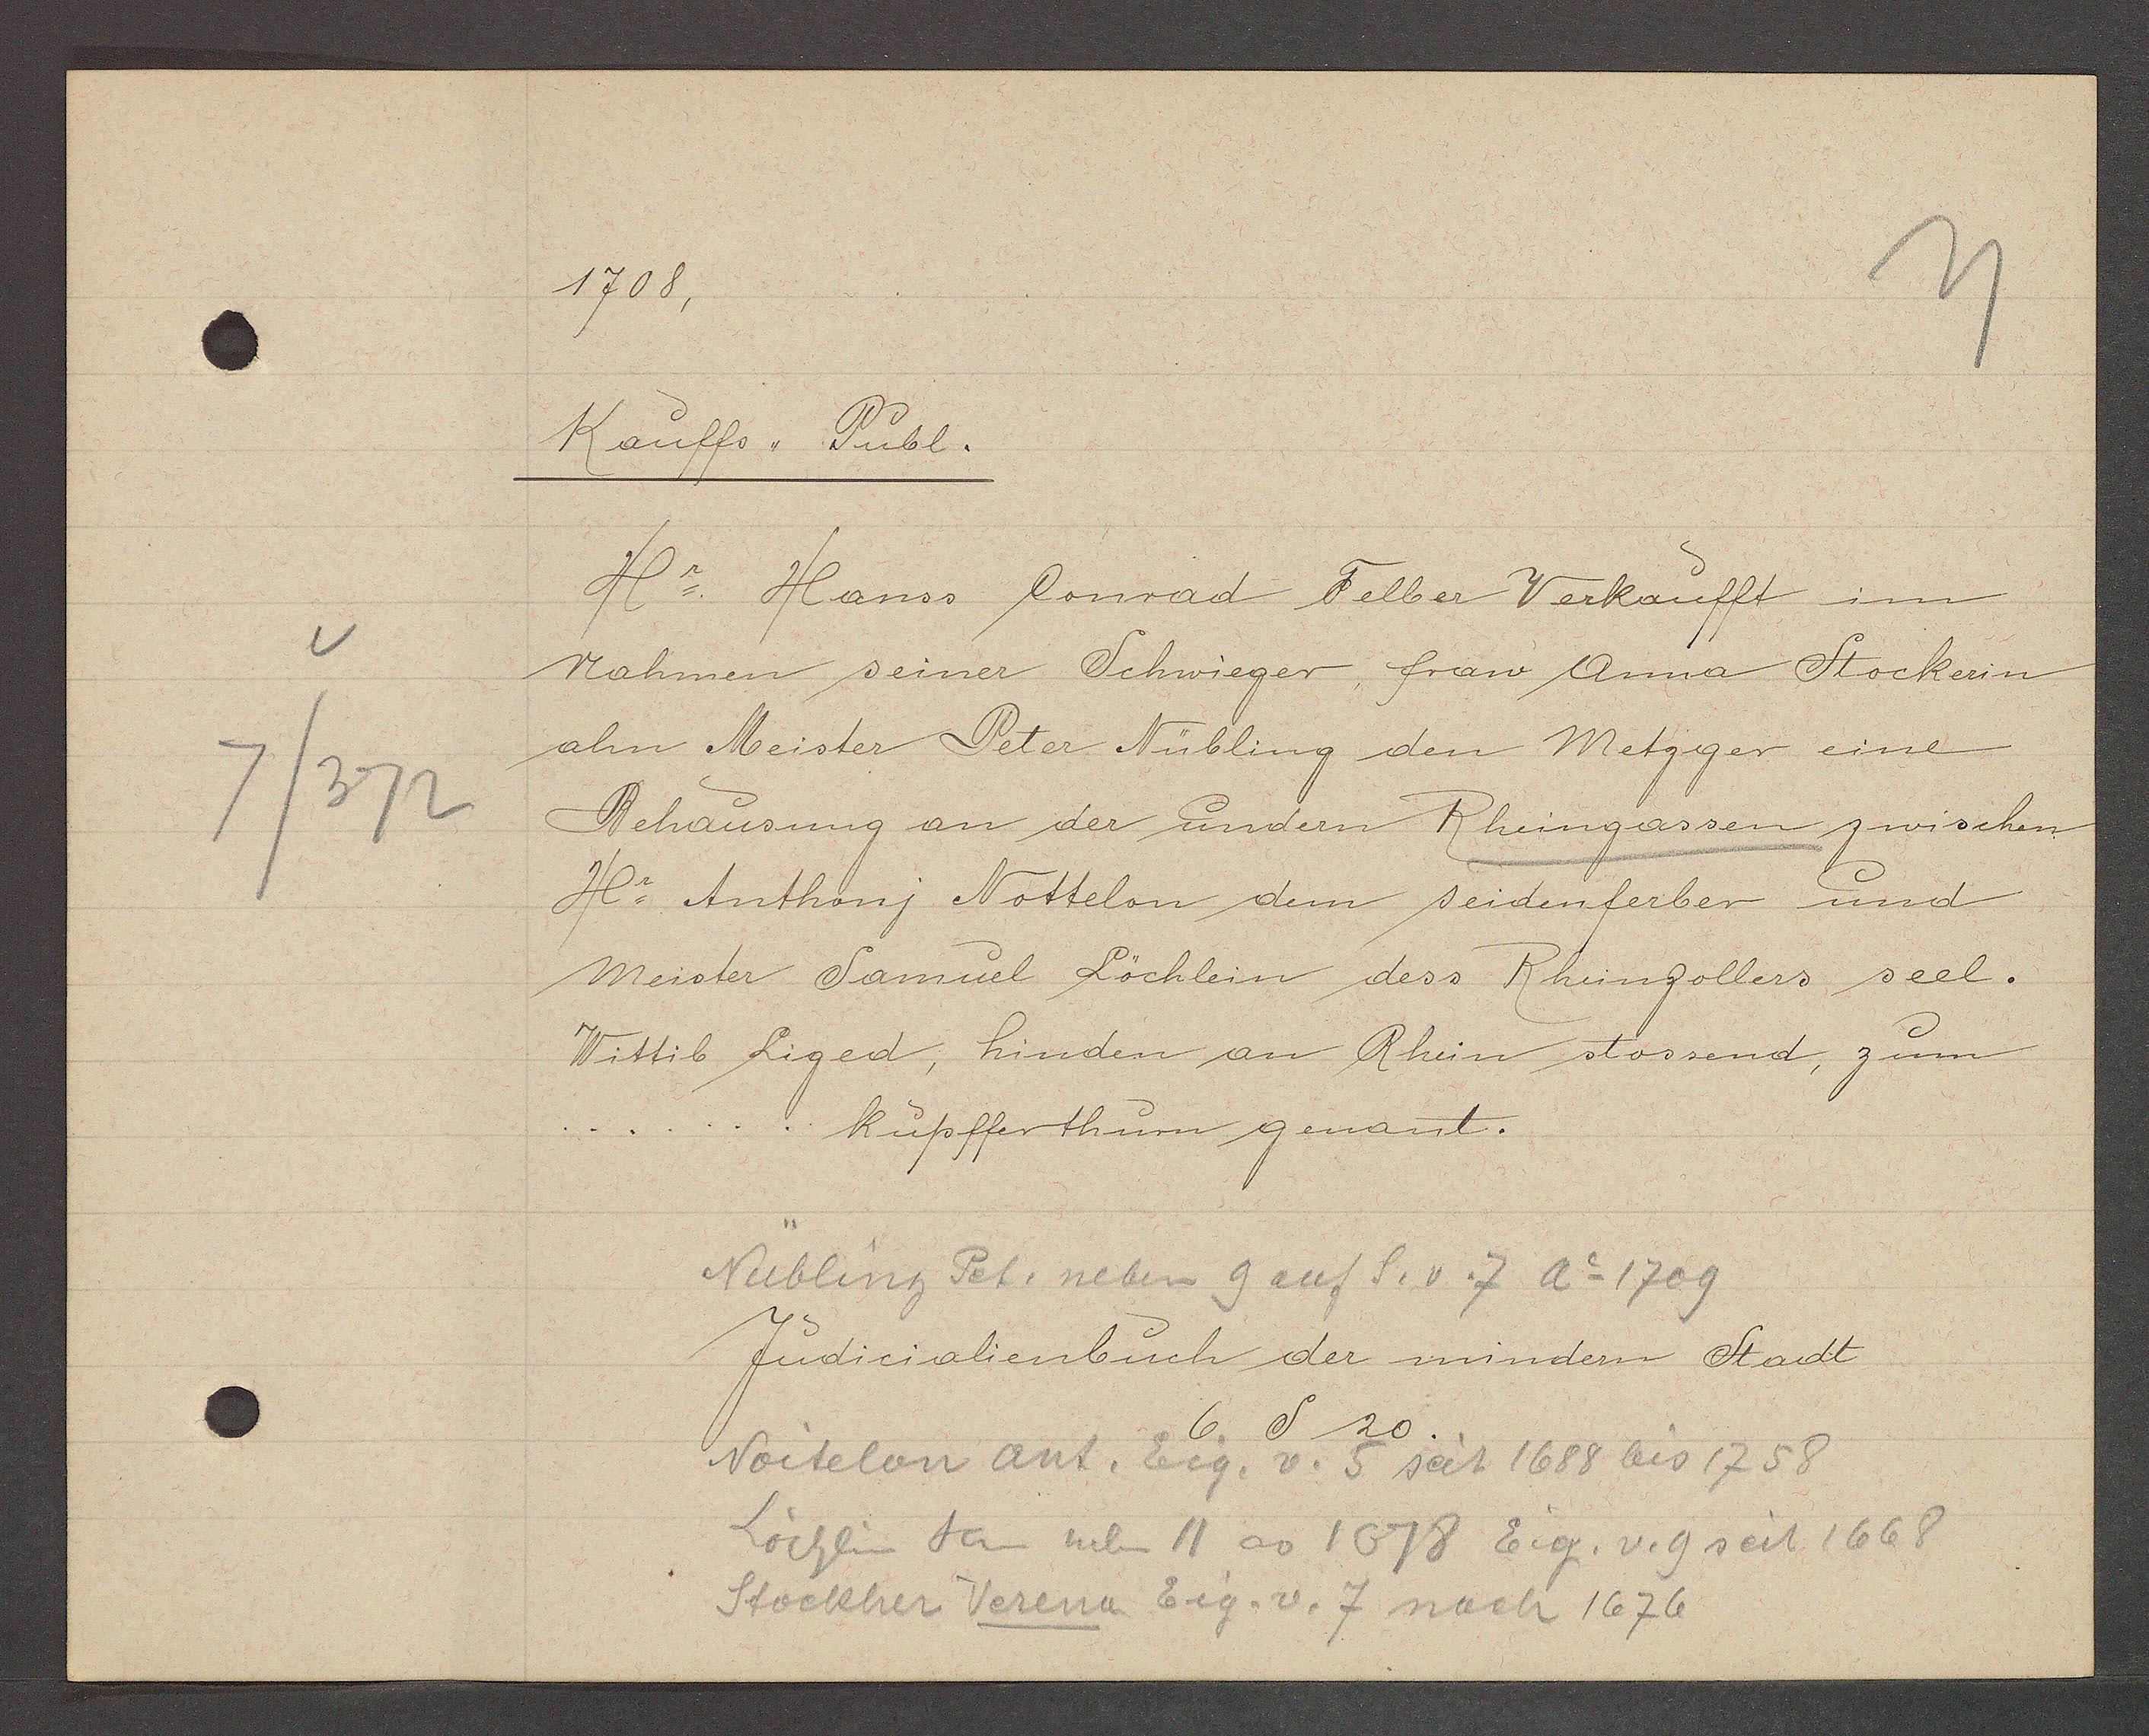
Transcript:
v
7/372

1708,

Kauffs,, Publ.
Hr. Hanss Conrad Felber Verkaufft im
Nahmen seiner Schwieger, frow Anna Stockerin
ahn Meister Peter Nübling den Metzger eine
Behausung an der undern Rheingassen zwischen
Hr Authonj Nottelon dem seidenferber und
Meister Samuel Löchlein dess Rheinzollers seel.
Wittib Liged, hinden an Rhein stossend, zum
kupffenthurn genant.

Nübling Pet. neben 9 auf S. v 7 Ao 1709

Judicialienbuch der mindern Stadt
6
S
20

Noitelon ant. Eig. v. 5 seit 1688 bis 1758
Löchlin Dan neben 11 ao 1678 Eig. v. 9 seit 1668
Stockher Verena Eig. v. 7 nach 1676